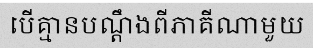
បើគ្មានបណ្តឹងពីភាគីណាមួយ